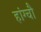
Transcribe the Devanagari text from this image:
हांग्चौ